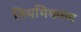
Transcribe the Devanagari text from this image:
नियमिकरण